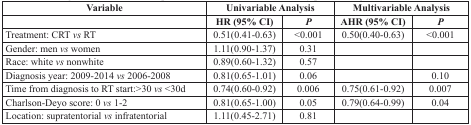
<table><thead><tr><td><b>Variable</b></td><td colspan="2"><b>Univariable Analysis</b></td><td colspan="2"><b>Multivariable Analysis</b></td></tr><tr><td></td><td><b>HR (95% CI)</b></td><td><b><i>P</i></b></td><td><b>AHR (95% CI)</b></td><td><b><i>P</i></b></td></tr></thead><tbody><tr><td>Treatment: CRT vs RT</td><td>0.51(0.41-0.63)</td><td>&lt;0.001</td><td>0.50(0.40-0.63)</td><td>&lt;0.001</td></tr><tr><td>Gender: men vs women</td><td>1.11(0.90-1.37)</td><td>0.31</td><td></td><td></td></tr><tr><td>Race: white vs nonwhite</td><td>0.89(0.60-1.32)</td><td>0.57</td><td></td><td></td></tr><tr><td>Diagnosis year: 2009-2014 vs 2006-2008</td><td>0.81(0.65-1.01)</td><td>0.06</td><td></td><td>0.10</td></tr><tr><td>Time from diagnosis to RT start:&gt;30 vs &lt;30d</td><td>0.74(0.60-0.92)</td><td>0.006</td><td>0.75(0.61-0.92)</td><td>0.007</td></tr><tr><td>Charlson-Deyo score: 0 vs 1-2</td><td>0.81(0.65-1.00)</td><td>0.05</td><td>0.79(0.64-0.99)</td><td>0.04</td></tr><tr><td>Location: supratentorial vs infratentorial</td><td>1.11(0.45-2.71)</td><td>0.81</td><td></td><td></td></tr></tbody></table>